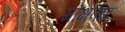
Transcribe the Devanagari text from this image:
मोक्षवाद